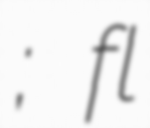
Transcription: Григорије; fl